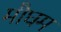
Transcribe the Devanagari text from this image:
मौघम